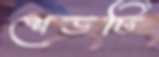
শেডটি